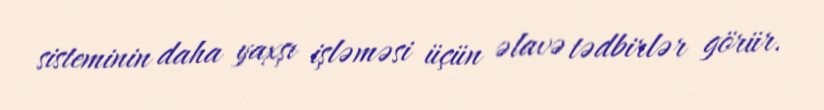
sisteminin daha yaxşı işləməsi üçün əlavə tədbirlər görür.